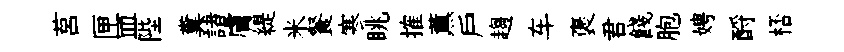
莒匣皿陛糞諸膚緹米餐寒眺搉薫户趨车褒君餞胞娉酹桮